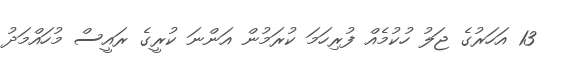
13 އަހަރުގެ ޖަލު ހުކުމެއް ފުރިހަމަ ކުރަމުން އަންނަ ކުރީގެ ރައީސް މުހައްމަދު